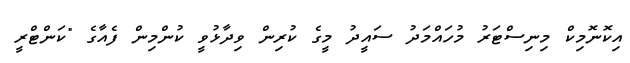
އިކޮނޮމިކް މިނިސްޓަރު މުހައްމަދު ސައީދު މީގެ ކުރިން ވިދާޅުވީ ކުންމިން ފެއާގެ "ކަންޓްރީ